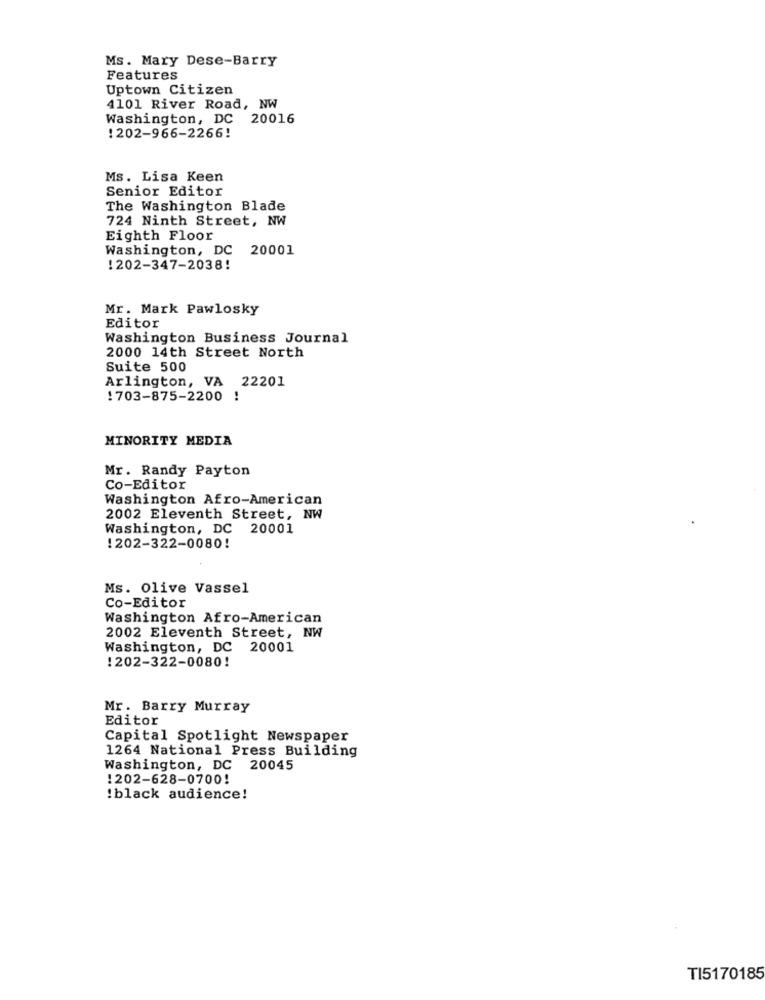
Ms. Mary Dese-Barry
Features
Uptown Citizen
4101 River Road, NW
Washington, DC 20016
: 202-966-2266!
Ms. Lisa Keen
Senior Editor
The Washington Blade
724 Ninth Street, NW
Eighth Floor
Washington, DC 20001
!202-347-2038!
Mr. Mark Pawlosky
Editor
Washington Business Journal
2000 14th Street North
Suite 500
Arlington, VA 22201
!703-875-2200 !
MINORITY MEDIA
Mr. Randy Payton
Co-Editor
Washington Afro-American
2002 Eleventh Street, NW
Washington, DC 20001
!202-322-0080!
Ms. Olive Vassel
Co-Editor
Washington Afro-American
2002 Eleventh Street, NW
Washington, DC 20001
!202-322-0080!
Mr. Barry Murray
Editor
Capital Spotlight Newspaper
1264 National Press Building
Washington, DC 20045
1202-628-0700!
!black audience!
TI5170185